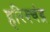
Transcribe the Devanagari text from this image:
हरिश्‍चंद्र